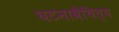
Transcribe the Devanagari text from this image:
घटनावैचित्य